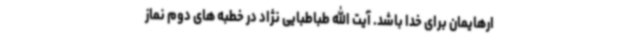
ارهایمان برای خدا باشد. آیت الله طباطبایی نژاد در خطبه های دوم نماز